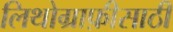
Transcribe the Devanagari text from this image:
लिथोग्राफ़ीसाठी